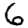
Digit: 6